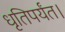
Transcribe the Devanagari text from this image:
धृतिपर्यंत।